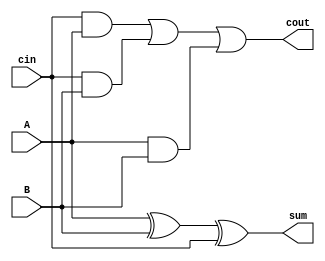
`timescale 1ns / 1ps
//////////////////////////////////////////////////////////////////////////////////
// Company: 
// Engineer: 
// 
// Design Name: 
// Module Name: Adder1Bit
// Project Name: 
// Target Devices: 
// Tool Versions: 
// Description: 
// 
// Dependencies: 
// 
// Revision:
// Revision 0.01 - File Created
// Additional Comments:
// 
//////////////////////////////////////////////////////////////////////////////////


module Adder1Bit(
input A, input B, input cin, output sum, output cout
    );
assign  sum= A^B^cin;
assign cout= (cin & A) | (cin & B) | (A & B);
    
endmodule